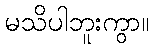
မသိပါဘူးကွာ။